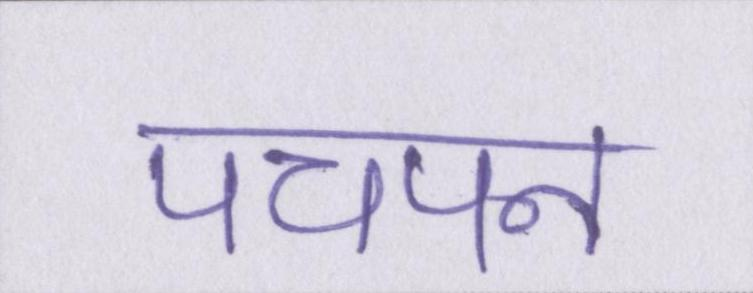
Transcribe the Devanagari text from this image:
पचपन